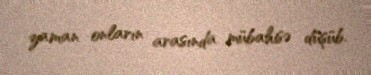
zaman onların arasında mübahisə düşüb.